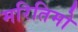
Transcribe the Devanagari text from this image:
मरितिमो